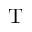
\mathrm { T }